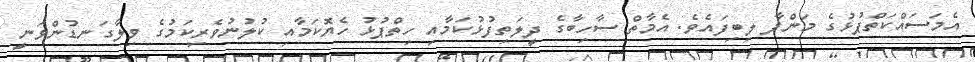
އެމަސައްކަތްޕުޅުގެ މަންފާ ލިބިފައެވެ. އެމާތް ސާހިބާގެ ދީލަތިފުޅުކަމާއި ހިތްޕުޅު ހެޔޮކަމާއި ކުލުނުވެރިކަމުގެ ވިލާގަނޑުންވަނީ